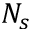
N _ { s }